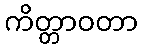
ကိတ္တာဝတာ